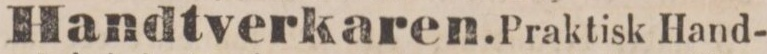
Handtverkaren. Praktisk Hand-